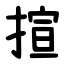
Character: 揎